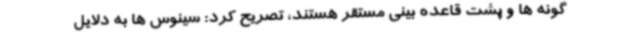
گونه ها و پشت قاعده بینی مستقر هستند، تصریح کرد: سینوس ها به دلایل